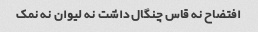
افتضاح نه قاس چنگال داشت نه لیوان نه نمک